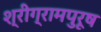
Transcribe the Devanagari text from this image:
श्रीग्रामपुरूष